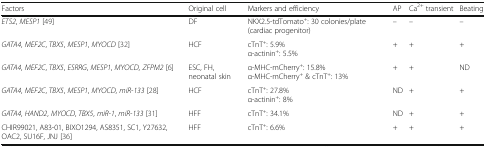
<table><thead><tr><td><b>Factors</b></td><td><b>Original cell</b></td><td><b>Markers and efficiency</b></td><td><b>AP</b></td><td><b>Ca<sup>2+</sup> transient</b></td><td><b>Beating</b></td></tr></thead><tbody><tr><td><i>ETS2</i>, <i>MESP1</i> [49]</td><td>DF</td><td>NKX2.5-tdTomato<sup>+</sup>: 30 colonies/plate (cardiac progenitor)</td><td>–</td><td>–</td><td>–</td></tr><tr><td><i>GATA4</i>, <i>MEF2C</i>, <i>TBX5</i>, <i>MESP1</i>, <i>MYOCD</i> [32]</td><td>HCF</td><td>cTnT<sup>+</sup>: 5.9%α-actinin<sup>+</sup>: 5.5%</td><td>+</td><td>+</td><td>+</td></tr><tr><td><i>GATA4</i>, <i>MEF2C</i>, <i>TBX5</i>, <i>ESRRG</i>, <i>MESP1</i>, <i>MYOCD</i>, <i>ZFPM2</i> [6]</td><td>ESC, FH, neonatal skin</td><td>α-MHC-mCherry<sup>+</sup>: 15.8%α-MHC-mCherry<sup>+</sup> &amp; cTnT<sup>+</sup>: 13%</td><td>+</td><td>+</td><td>ND</td></tr><tr><td><i>GATA4</i>, <i>MEF2C</i>, <i>TBX5</i>, <i>MESP1</i>, <i>MYOCD</i>, <i>miR-133</i> [28]</td><td>HCF</td><td>cTnT<sup>+</sup>: 27.8%α-actinin<sup>+</sup>: 8%</td><td>ND</td><td>+</td><td>+</td></tr><tr><td><i>GATA4</i>, <i>HAND2</i>, <i>MYOCD</i>, <i>TBX5</i>, <i>miR-1</i>, <i>miR-133</i> [31]</td><td>HFF</td><td>cTnT<sup>+</sup>: 34.1%</td><td>ND</td><td>+</td><td>+</td></tr><tr><td>CHIR99021, A83-01, BIXO1294, AS8351, SC1, Y27632, OAC2, SU16F, JNJ [36]</td><td>HFF</td><td>cTnT<sup>+</sup>: 6.6%</td><td>+</td><td>+</td><td>+</td></tr></tbody></table>